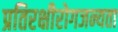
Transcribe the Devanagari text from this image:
प्रतिरक्षीरोगजन्यता